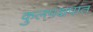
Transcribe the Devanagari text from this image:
कुलपक्षपात